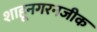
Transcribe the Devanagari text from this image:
शाहूनगरनजीक